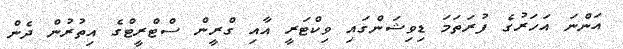
އަންނަ އަހަރުގެ ފުރަތަމަ ޑިވިޝަންގައި ވިކްޓަރީ އާއި ގްރީން ސްޓްރީޓްގެ އިތުރުން ދެން